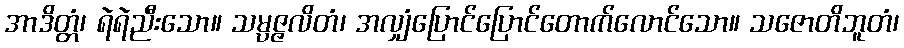
အာဒိတ္တံ၊ ရဲရဲညီးသော။ သမ္ပဇ္ဇလိတံ၊ အလျှံပြောင်ပြောင်တောက်လောင်သော။ သဇောတိဘူတံ၊